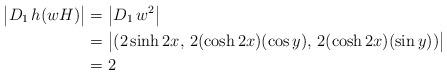
LaTeX: \begin{align*} \big| D_1 \, h(wH) \big| &= \big| D_1 \, w^2 \big| \\ &= \big| ( 2\sinh{2x}, \, 2 (\cosh{2x}) (\cos{y}), \, 2 (\cosh{2x}) (\sin{y}) ) \big| \\ &= 2\end{align*}